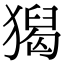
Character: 𤡡